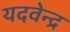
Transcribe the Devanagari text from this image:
यदवेन्द्र